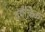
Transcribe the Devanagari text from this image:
वयैक्तिक